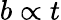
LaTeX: b\propto t